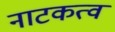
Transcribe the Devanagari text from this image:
नाटकत्व